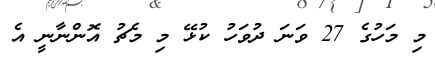
މި މަހުގެ 27 ވަނަ ދުވަހު ކުޅޭ މި މެޗު އޮންނާނީ އެ